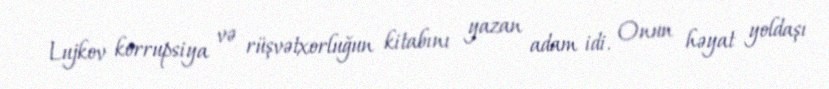
Lujkov korrupsiya və rüşvətxorluğun kitabını yazan adam idi. Onun həyat yoldaşı